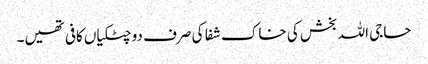
حاجی اللہ بخش کی خاک شفا کی صرف دو چٹکیاں کافی تھیں۔